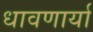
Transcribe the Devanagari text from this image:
धावणार्या